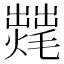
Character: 𱬣